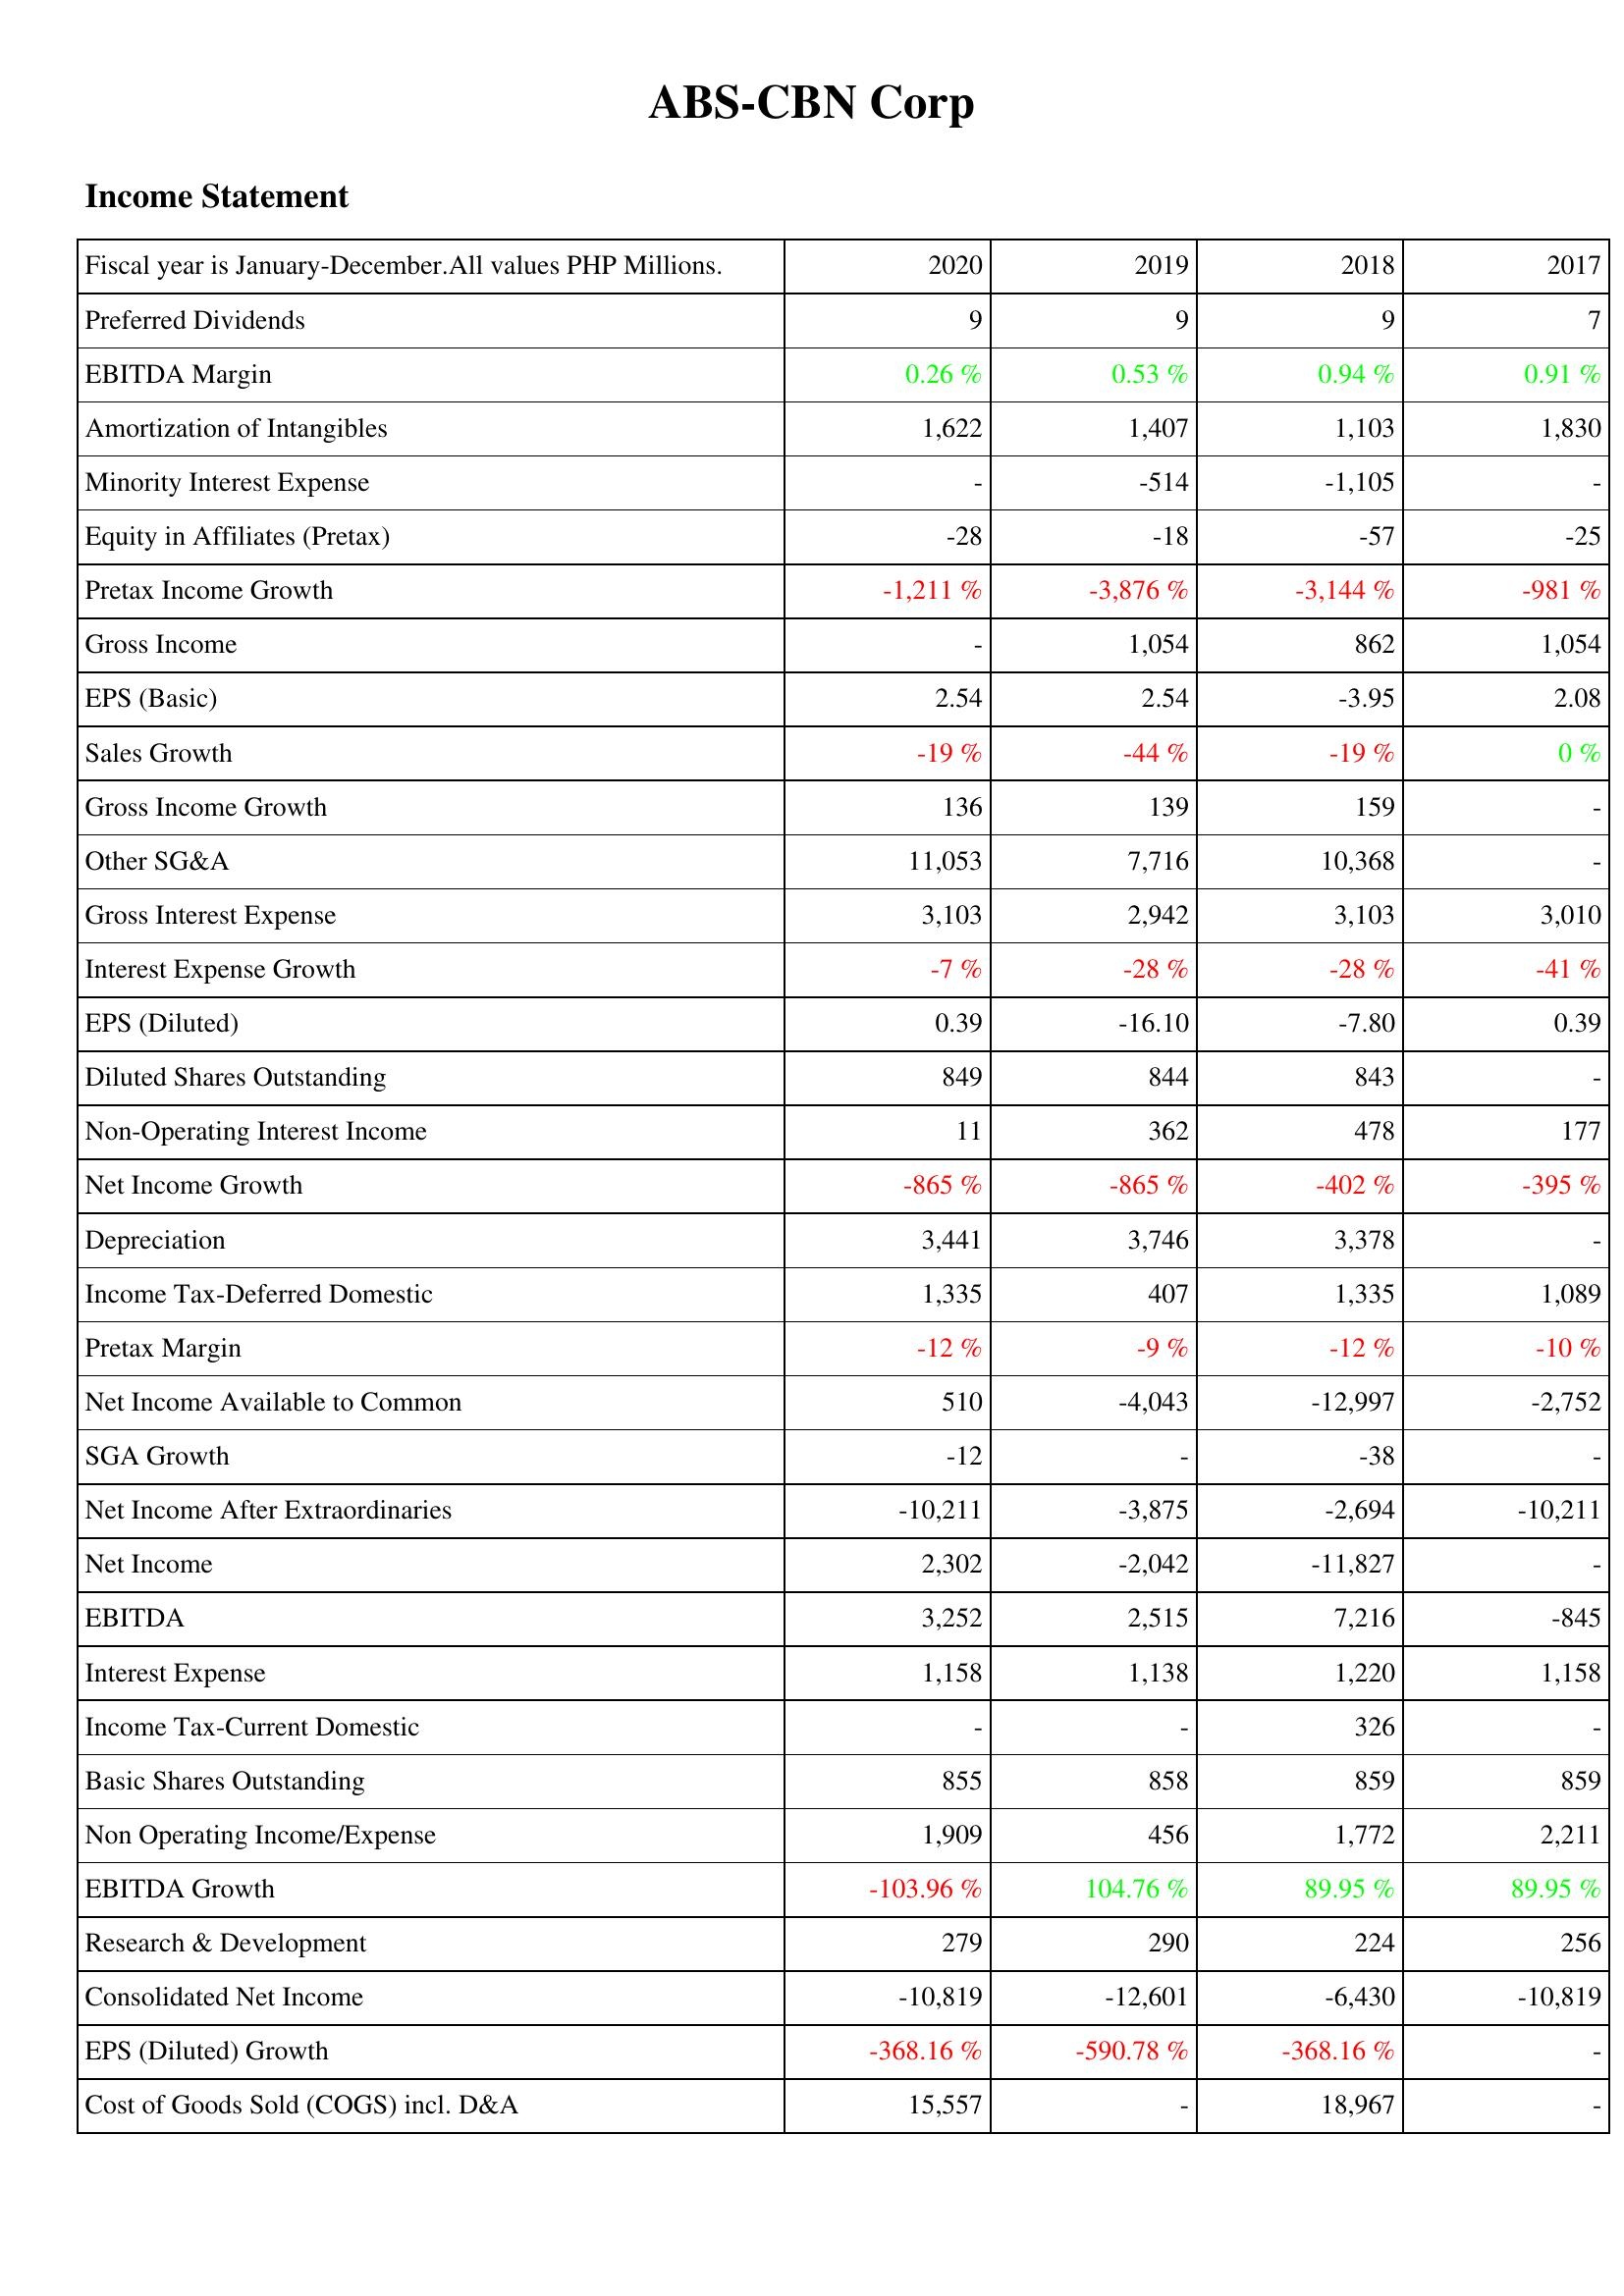
2020: Income Statement: Preferred Dividends: 9
EBITDA Margin: 0.26 %
Amortization of Intangibles: 1,622
Minority Interest Expense: -
Equity in Affiliates (Pretax): -28
Pretax Income Growth: -1,211 %
Gross Income: -
EPS (Basic): 2.54
Sales Growth: -19 %
Gross Income Growth: 136
Other SG&A: 11,053
Gross Interest Expense: 3,103
Interest Expense Growth: -7 %
EPS (Diluted): 0.39
Diluted Shares Outstanding: 849
Non-Operating Interest Income: 11
Net Income Growth: -865 %
Depreciation: 3,441
Income Tax-Deferred Domestic: 1,335
Pretax Margin: -12 %
Net Income Available to Common: 510
SGA Growth: -12
Net Income After Extraordinaries: -10,211
Net Income: 2,302
EBITDA: 3,252
Interest Expense: 1,158
Income Tax-Current Domestic: -
Basic Shares Outstanding: 855
Non Operating Income/Expense: 1,909
EBITDA Growth: -103.96 %
Research & Development: 279
Consolidated Net Income: -10,819
EPS (Diluted) Growth: -368.16 %
Cost of Goods Sold (COGS) incl. D&A: 15,557
2019: Income Statement: Preferred Dividends: 9
EBITDA Margin: 0.53 %
Amortization of Intangibles: 1,407
Minority Interest Expense: -514
Equity in Affiliates (Pretax): -18
Pretax Income Growth: -3,876 %
Gross Income: 1,054
EPS (Basic): 2.54
Sales Growth: -44 %
Gross Income Growth: 139
Other SG&A: 7,716
Gross Interest Expense: 2,942
Interest Expense Growth: -28 %
EPS (Diluted): -16.10
Diluted Shares Outstanding: 844
Non-Operating Interest Income: 362
Net Income Growth: -865 %
Depreciation: 3,746
Income Tax-Deferred Domestic: 407
Pretax Margin: -9 %
Net Income Available to Common: -4,043
SGA Growth: -
Net Income After Extraordinaries: -3,875
Net Income: -2,042
EBITDA: 2,515
Interest Expense: 1,138
Income Tax-Current Domestic: -
Basic Shares Outstanding: 858
Non Operating Income/Expense: 456
EBITDA Growth: 104.76 %
Research & Development: 290
Consolidated Net Income: -12,601
EPS (Diluted) Growth: -590.78 %
Cost of Goods Sold (COGS) incl. D&A: -
2018: Income Statement: Preferred Dividends: 9
EBITDA Margin: 0.94 %
Amortization of Intangibles: 1,103
Minority Interest Expense: -1,105
Equity in Affiliates (Pretax): -57
Pretax Income Growth: -3,144 %
Gross Income: 862
EPS (Basic): -3.95
Sales Growth: -19 %
Gross Income Growth: 159
Other SG&A: 10,368
Gross Interest Expense: 3,103
Interest Expense Growth: -28 %
EPS (Diluted): -7.80
Diluted Shares Outstanding: 843
Non-Operating Interest Income: 478
Net Income Growth: -402 %
Depreciation: 3,378
Income Tax-Deferred Domestic: 1,335
Pretax Margin: -12 %
Net Income Available to Common: -12,997
SGA Growth: -38
Net Income After Extraordinaries: -2,694
Net Income: -11,827
EBITDA: 7,216
Interest Expense: 1,220
Income Tax-Current Domestic: 326
Basic Shares Outstanding: 859
Non Operating Income/Expense: 1,772
EBITDA Growth: 89.95 %
Research & Development: 224
Consolidated Net Income: -6,430
EPS (Diluted) Growth: -368.16 %
Cost of Goods Sold (COGS) incl. D&A: 18,967
2017: Income Statement: Preferred Dividends: 7
EBITDA Margin: 0.91 %
Amortization of Intangibles: 1,830
Minority Interest Expense: -
Equity in Affiliates (Pretax): -25
Pretax Income Growth: -981 %
Gross Income: 1,054
EPS (Basic): 2.08
Sales Growth: 0 %
Gross Income Growth: -
Other SG&A: -
Gross Interest Expense: 3,010
Interest Expense Growth: -41 %
EPS (Diluted): 0.39
Diluted Shares Outstanding: -
Non-Operating Interest Income: 177
Net Income Growth: -395 %
Depreciation: -
Income Tax-Deferred Domestic: 1,089
Pretax Margin: -10 %
Net Income Available to Common: -2,752
SGA Growth: -
Net Income After Extraordinaries: -10,211
Net Income: -
EBITDA: -845
Interest Expense: 1,158
Income Tax-Current Domestic: -
Basic Shares Outstanding: 859
Non Operating Income/Expense: 2,211
EBITDA Growth: 89.95 %
Research & Development: 256
Consolidated Net Income: -10,819
EPS (Diluted) Growth: -
Cost of Goods Sold (COGS) incl. D&A: -